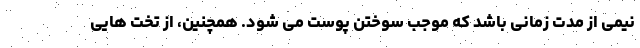
نیمی از مدت زمانی باشد که موجب سوختن پوست می شود. همچنین، از تخت هایی